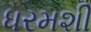
ધરમશી